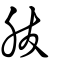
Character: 胈